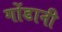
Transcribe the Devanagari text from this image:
गोंडानी